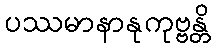
ပဿမာနာနုကုဗ္ဗန္တိ